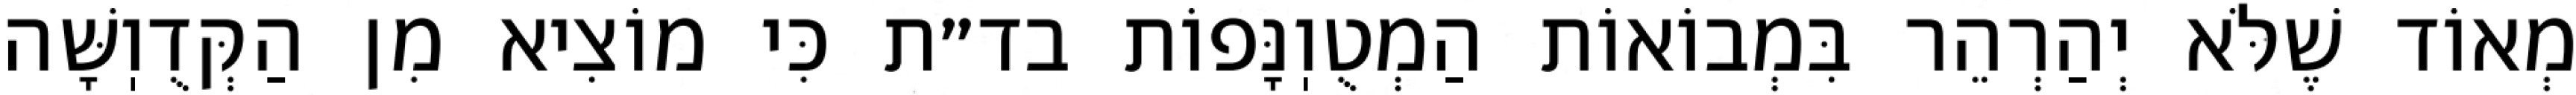
מְאוֹד שֶׁלֹּא יְהַרְהֵר בִּמְבוֹאוֹת הַמְטֻוֽנָּפוֹת בד״ת כִּי מוֹצִיא מִן הַקְּדֻוֽשָּׁה